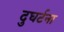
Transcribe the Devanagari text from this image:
दुघर्टना